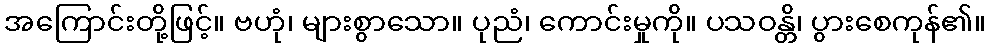
အကြောင်းတို့ဖြင့်။ ဗဟုံ၊ များစွာသော။ ပုညံ၊ ကောင်းမှုကို။ ပသဝန္တိ၊ ပွားစေကုန်၏။